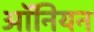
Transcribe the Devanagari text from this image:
ऑनियन